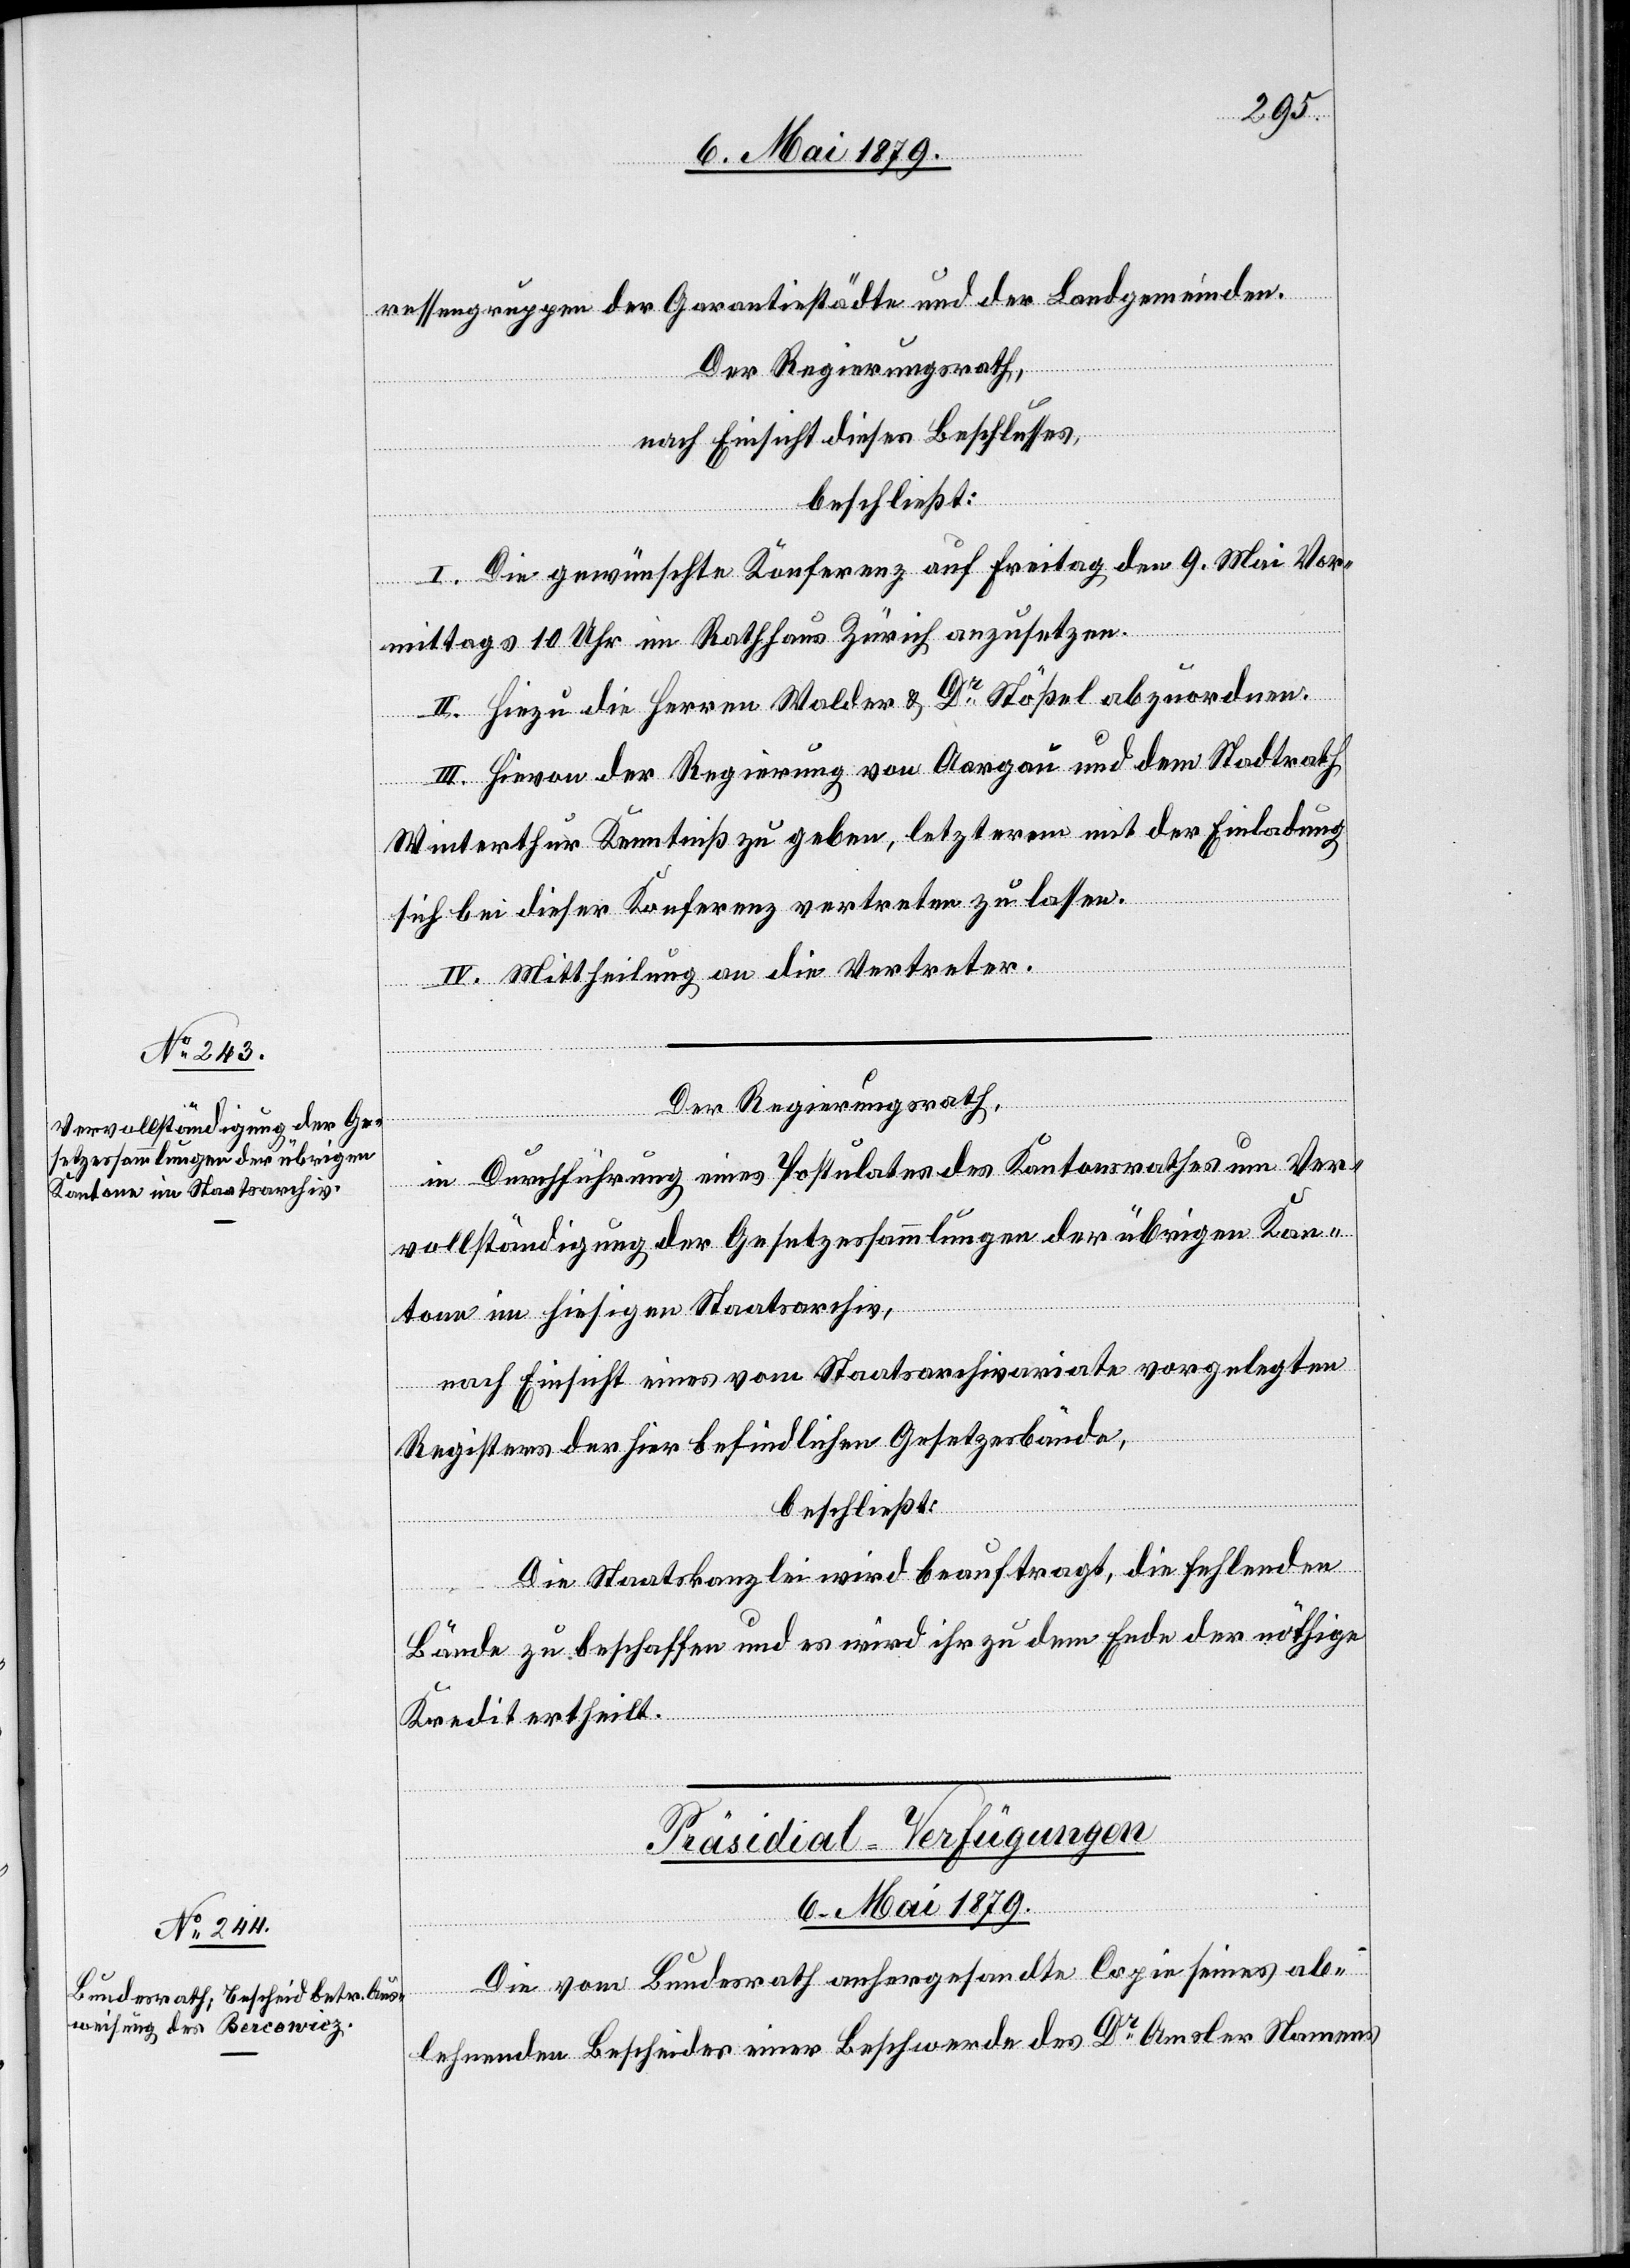
ressengruppen der Garantiestädte und der Landgemeinden.
Der Regierungsrath,
nach Einsicht dieses Beschlusses,
beschließt:
I. Die gewünschte Konferenz auf Freitag den 9. Mai Vor¬
mittags 10 Uhr im Rathhaus Zürich anzusetzen.
II. Hiezu die Herren Walder & Dr Stößel abzuordnen.
III. Hievon der Regierung von Aargau und dem Stadtrath
Winterthur Kenntniß zu geben, letzterem mit der Einladung
sich bei dieser Konferenz vertreten zu lassen.
IV. Mittheilung an die Vertreter.
Der Regierungsrath,
in Durchführung eines Postulates des Kantonsrathes um Ver¬
vollständigung der Gesetzessammlungen der übrigen Kan¬
tone im hiesigen Staatsarchiv,
nach Einsicht eines vom Staatsarchivariate vorgelegten
Registers der hier befindlichen Gesetzesbände,
beschließt:
Die Staatskanzlei wird beauftragt, die fehlenden
Bände zu beschaffen und es wird ihr zu dem Ende der nöthige
Kredit ertheilt.
Präsidial-Verfügungen
6. Mai 1879.
Die vom Bundesrath anhergesandte Copie seines ab¬
lehnenden Bescheides einer Beschwerde des Dr Amsler Namens